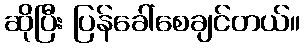
ဆိုပြီး ပြန်ခေါ်စေချင်တယ်။